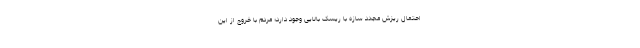
احتمال ریزش مجدد سازه با ریسک بالایی وجود دارد؛ مردم با خروج از این